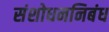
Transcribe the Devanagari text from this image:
संशोधननिबंध